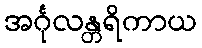
အင်္ဂုလန္တရိကာယ